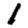
Digit: 1